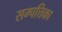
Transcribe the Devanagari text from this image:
सम्पत्तिका